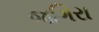
જગિરા